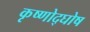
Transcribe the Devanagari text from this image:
कृष्णोद्घोष